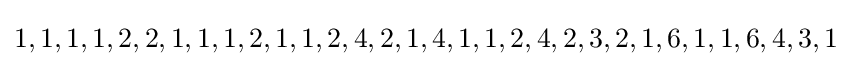
1,1,1,1,2,2,1,1,1,2,1,1,2,4,2,1,4,1,1,2,4,2,3,2,1,6,1,1,6,4,3,1